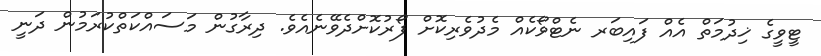
ޓީވީގެ ޚިދުމަތް އެއް ފައިބަރ ނެޓްވޯކެއް މެދުވެރިކޮށް ފޯރުކޮށްދެވޭނެއެވެ. ދިރާގުން މަސައްކަތްކުރަމުން ދަނީ